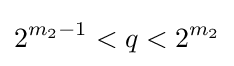
2^{m_{2}-1}<q<2^{m_{2}}